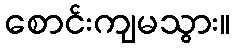
စောင်းကျမသွား။